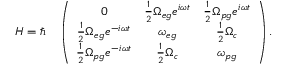
H = \hbar \quad \left( \begin{array} { c c c } { 0 } & { \frac { 1 } { 2 } \Omega _ { e g } e ^ { i \omega t } } & { \frac { 1 } { 2 } \Omega _ { p g } e ^ { i \omega t } } \\ { \frac { 1 } { 2 } \Omega _ { e g } e ^ { - i \omega t } } & { \omega _ { e g } } & { \frac { 1 } { 2 } \Omega _ { c } } \\ { \frac { 1 } { 2 } \Omega _ { p g } e ^ { - i \omega t } } & { \frac { 1 } { 2 } \Omega _ { c } } & { \omega _ { p g } } \end{array} \right) .